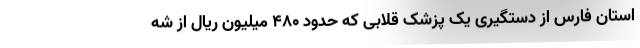
استان فارس از دستگیری یک پزشک قلابی که حدود ۴۸۰ میلیون ریال از شه